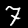
Label: 7